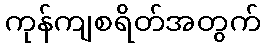
ကုန်ကျစရိတ်အတွက်